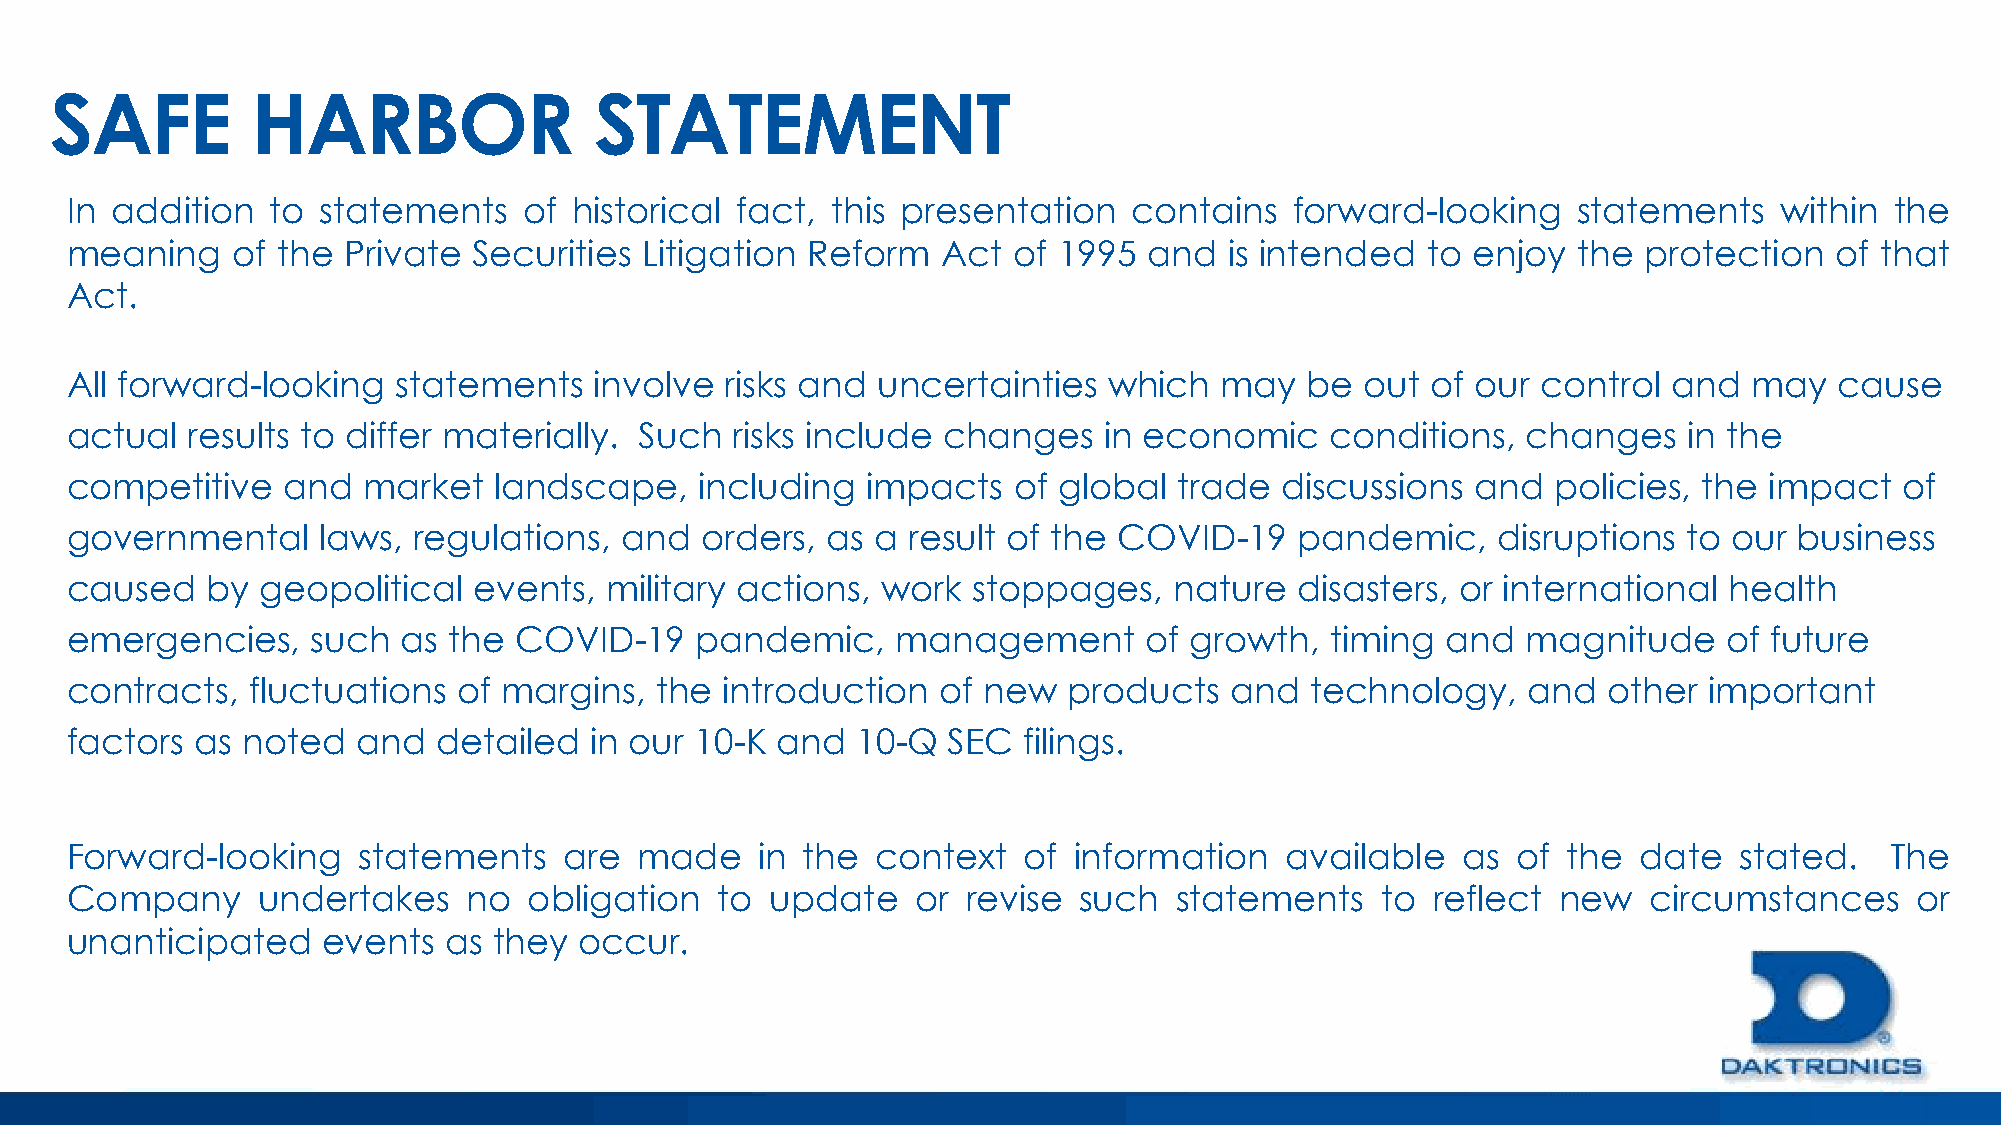
SAFE          HARBOR                STATEMENT
 In addition   to statements    of historical fact, this presentation   contains   forward-looking   statements    within the
 meaning    of the  Private Securities Litigation Reform   Act  of 1995  and  is intended  to enjoy  the  protection  of that
 Act.
 All forward-looking   statements   involve  risks and uncertainties  which   may   be out  of our control  and  may   cause
 actual  results to differ materially. Such   risks include changes   in economic    conditions,  changes    in the
 competitive    and  market   landscape,   including  impacts   of global  trade  discussions  and  policies, the impact   of
 governmental     laws, regulations,  and  orders,  as a result of the COVID-19    pandemic,    disruptions  to our business
 caused    by geopolitical  events,  military actions, work  stoppages,    nature  disasters, or international health
 emergencies,     such  as the COVID-19    pandemic,    management       of growth,  timing  and  magnitude    of future
 contracts,   fluctuations of margins,  the  introduction  of new   products  and   technology,   and  other  important
 factors  as noted   and  detailed  in our 10-K and   10-Q  SEC  filings.
 Forward-looking     statements   are  made    in the  context   of information   available   as of  the date   stated.   The
 Company      undertakes    no  obligation  to  update    or revise such   statements   to  reflect new   circumstances     or
 unanticipated    events  as  they occur.